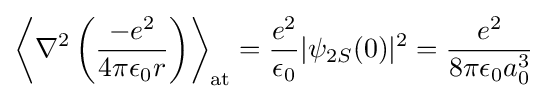
\left\langle \nabla ^{2}\left({\frac {-e^{2}}{4\pi \epsilon _{0}r}}\right)\right\rangle _{\rm {at}}={\frac {e^{2}}{\epsilon _{0}}}|\psi _{2S}(0)|^{2}={\frac {e^{2}}{8\pi \epsilon _{0}a_{0}^{3}}}